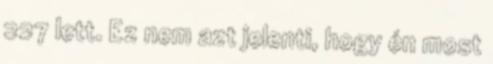
227 lett. Ez nem azt jelenti, hogy én most